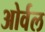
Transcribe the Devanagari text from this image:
ओर्वल